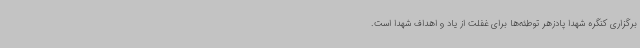
برگزاری کنگره شهدا پادزهر توطئه‌ها برای غفلت از یاد و اهداف شهدا است.